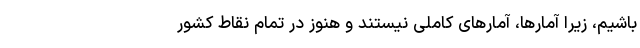
باشیم، زیرا آمارها، آمارهای کاملی نیستند و هنوز در تمام نقاط کشور